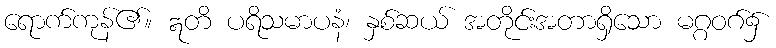
ရောက်ကုန်၏။ ဣတိ ပရိသမာပနံ၊ နှစ်ဆယ် အတိုင်းအတာရှိသော မဂ္ဂဝဂ်၌